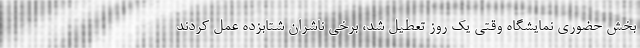
بخش حضوری نمایشگاه وقتی یک روز تعطیل شد، برخی ناشران شتابزده عمل کردند